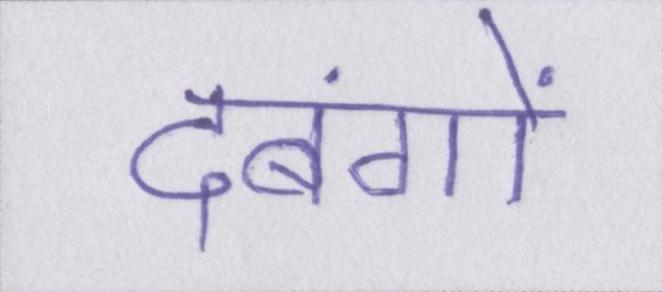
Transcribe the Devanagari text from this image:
दबंगों